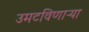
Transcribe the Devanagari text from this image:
उमटविणाऱ्या